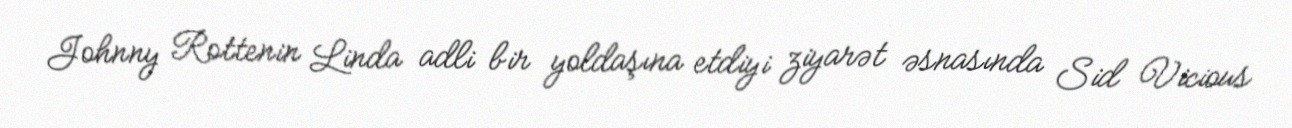
Johnny Rottenin Linda adli bir yoldaşına etdiyi ziyarət əsnasında Sid Vicious